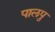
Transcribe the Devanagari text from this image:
पालपु